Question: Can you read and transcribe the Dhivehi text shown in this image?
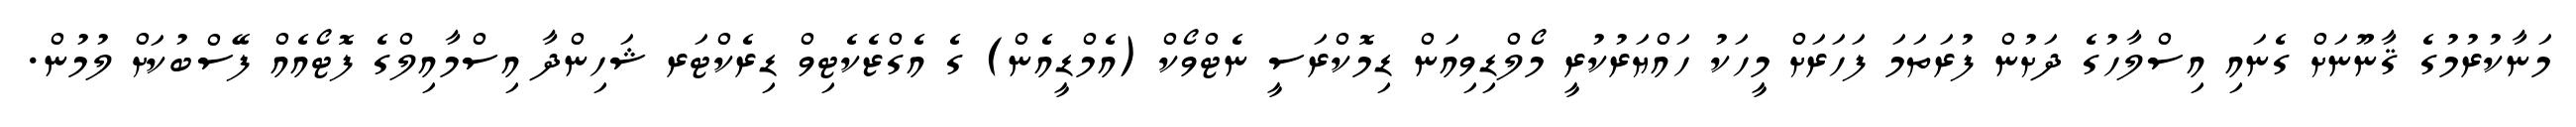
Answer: މަނާކުރުމުގެ ޤާނޫނަށް ގެނައި އިސްލާހުގެ ދަށުން ފުރަތަމަ ފަހަރަށް މީހަކު ހައްޔަރުކުރީ މޯލްޑިވިއަން ޑިމޮކްރަސީ ނެޓްވޯކް (އެމްޑީއެން) ގެ އެގްޒެކެޓިވް ޑިރެކްޓަރ ޝަހިންދާ އިސްމާއިލްގެ ފޮޓޯއެއް ފޭސްބުކަށް ލުމުން.